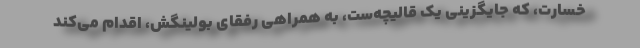
خسارت، که جایگزینی یک قالیچه‌ست، به همراهی رفقای بولینگش، اقدام می‌کند